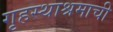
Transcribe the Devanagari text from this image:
गृहस्थाश्रमाची